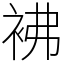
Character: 𧙂